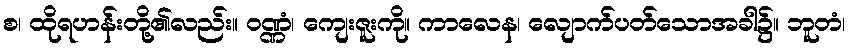
စ၊ ထိုရဟန်းတို့၏လည်း။ ဝဏ္ဏံ၊ ကျေးဇူးကို။ ကာလေန၊ လျောက်ပတ်သောအခါ၌။ ဘူတံ၊